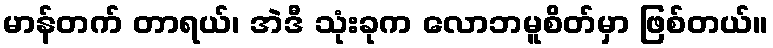
မာန်တက် တာရယ်၊ အဲဒီ သုံးခုက လောဘမူစိတ်မှာ ဖြစ်တယ်။